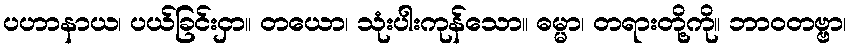
ပဟာနာယ၊ ပယ်ခြင်းငှာ။ တယော၊ သုံးပါးကုန်သော။ ဓမ္မာ၊ တရားတို့ကို။ ဘာဝတဗ္ဗာ၊